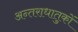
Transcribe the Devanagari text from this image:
अन्तराधातुकों